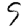
Digit: 9